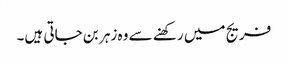
فریج میں رکھنے سے وہ زہر بن جاتی ہیں۔